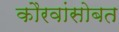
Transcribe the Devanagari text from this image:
कौरवांसोबत